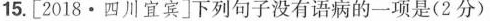
15.[2018.四川宜宾]下列句子没有语病的一项是(2分)